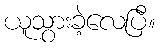
ယူသွားခဲ့လေပြီ။